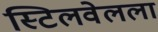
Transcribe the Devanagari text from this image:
स्टिलवेलला